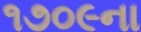
૧૭૦૯ના